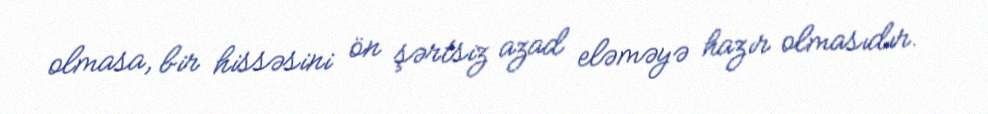
olmasa, bir hissəsini ön şərtsiz azad eləməyə hazır olmasıdır.